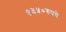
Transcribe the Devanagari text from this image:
१३५०रुपये